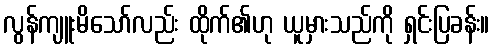
လွန်ကျူးမိသော်လည်း ထိုက်၏ဟု ယူမှားသည်ကို ရှင်းပြခန်း။